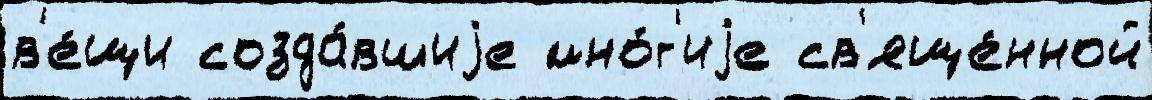
в'е́щи созда́вшиjе мно́г'иjе св'яще́нной